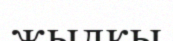
жылкы